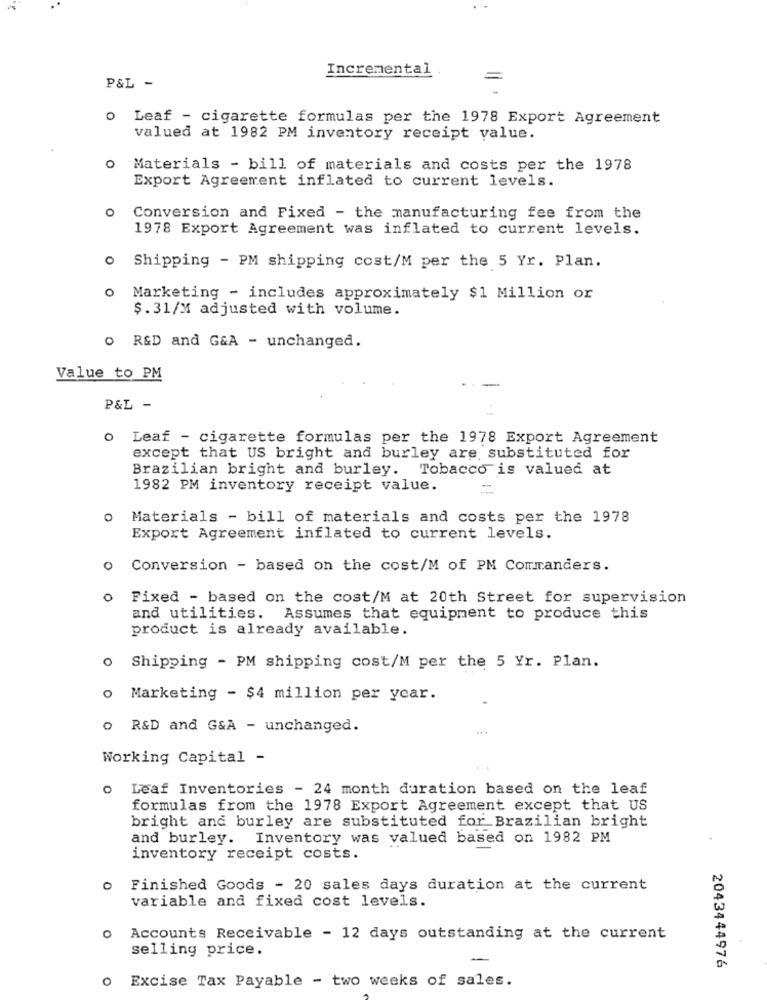
Incremental
P&L -
o Leaf - cigarette formulas per the 1978 Export Agreement
valued at 1982 PM inventory receipt value.
o Materials - bill of materials and costs per the 1978
Export Agreement inflated to current levels.
o
Conversion and Fixed - the manufacturing fee from the
1978 Export Agreement was inflated to current levels.
o Shipping - PM shipping cost/M per the 5 Yr. Plan.
0
Marketing - includes approximately $1 Million or
$. 31/M adjusted with volume.
O R&D and G&A - unchanged.
Value to PM
-
P&L -
o Leaf - cigarette formulas per the 1978 Export Agreement
except that US bright and burley are substituted for
Brazilian bright and burley. Tobacco is valued at
1982 PM inventory receipt value.
0
Materials - bill of materials and costs per the 1978
Export Agreement inflated to current levels.
O
Conversion - based on the cost/M of PM Commanders.
Fixed - based on the cost/M at 20th Street for supervision
and utilities. Assumes that equipment to produce this
product is already available.
0 Shipping - PM shipping cost/M per the 5 Yr. Plan.
O
Marketing - $4 million per year.
o R&D and G&A - unchanged.
.. .
Working Capital -
Leaf Inventories - 24 month duration based on the leaf
formulas from the 1978 Export Agreement except that US
bright and burley are substituted for Brazilian bright
and burley. Inventory was valued based on 1982 PM
inventory receipt costs.
0
Finished Goods - 20 sales days duration at the current
variable and fixed cost levels.
0
Accounts Receivable - 12 days outstanding at the current
selling price.
2043444976
Excise Tax Payable - two weeks of sales.